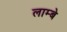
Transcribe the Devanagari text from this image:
लाम्बे